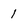
Character: 1